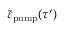
\tilde { \varepsilon } _ { \mathrm { p u m p } } ( \tau ^ { \prime } )